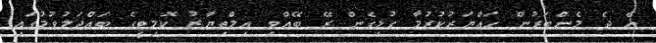
އެ ދެ މެންބަރުން ހައްޔަރުކުރުމާ ގުޅިގެން ރޭ ބޭއްވި އިމްތިޔާޒު ކޮމިޓީގެ ބައްދަލުވުމުގައި